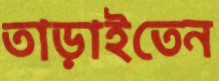
তাড়াইতেন